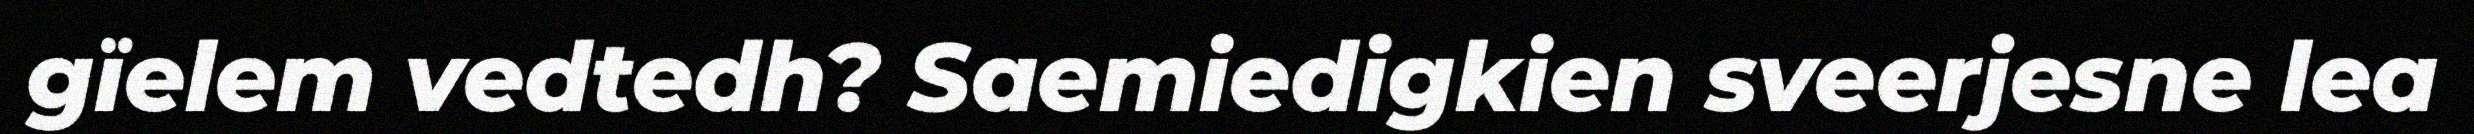
gïelem vedtedh? Saemiedigkien sveerjesne lea